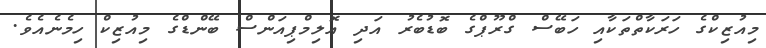
މިއުޒިކްގެ ހަރަކާތްތަކާއި ހަބޭސް ގްރޫޕްގެ ބޮޑުބެރު އަދި އޮލިމްޕިއަންސް ބޭންޑްގެ މިއުޒިކް ހިމެނެއެވެ.